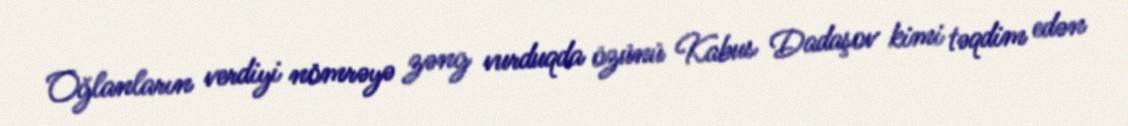
Oğlanların verdiyi nömrəyə zəng vurduqda özünü Kabus Dadaşov kimi təqdim edən